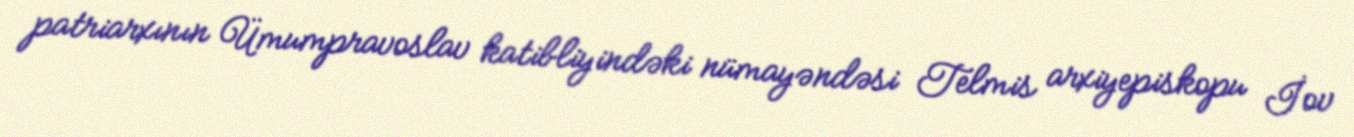
patriarxının Ümumpravoslav katibliyindəki nümayəndəsi Telmis arxiyepiskopu İov